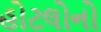
હોટલોનો